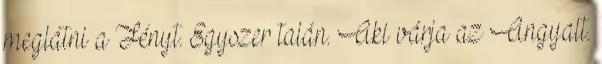
meglátni a Fényt. Egyszer talán. Aki várja az Angyalt.